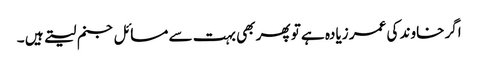
اگر خاوند کی عمر زیادہ ہے تو پھر بھی بہت سے مسائل جنم لیتے ہیں ۔